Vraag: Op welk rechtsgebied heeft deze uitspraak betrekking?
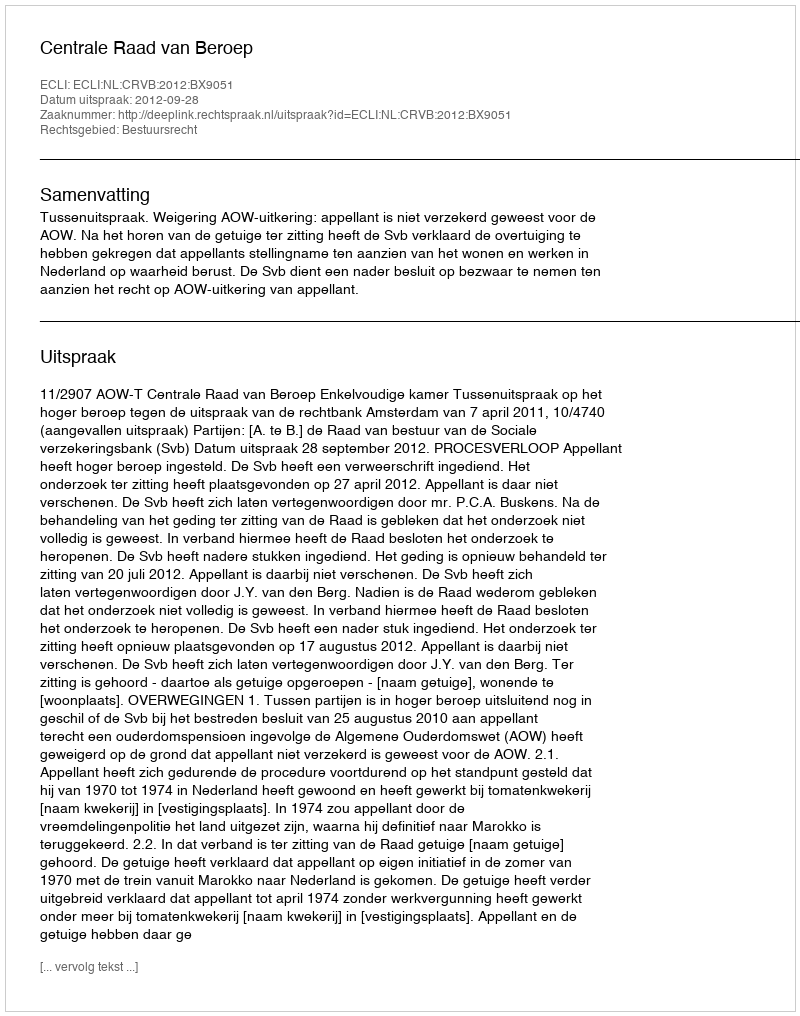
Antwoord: Bestuursrecht